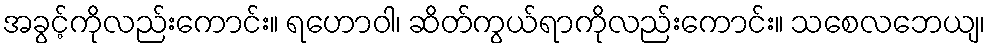
အခွင့်ကိုလည်းကောင်း။ ရဟောဝါ၊ ဆိတ်ကွယ်ရာကိုလည်းကောင်း။ သစေလဘေယျ၊